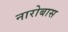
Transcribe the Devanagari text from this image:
नारोबास